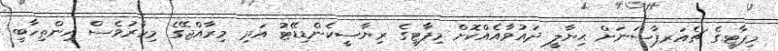
މިޕާޓީގެ ޗެއަރޕާސަނަށް ޙިޔާލީ ދައުވާއެއްކޮށް މިޕާޓީގެ ރިޔާސީކެންޑިޑޭޓު އަދި މިރާއްޖޭގެ މިހާރުވެސް އިންތިހާބީ